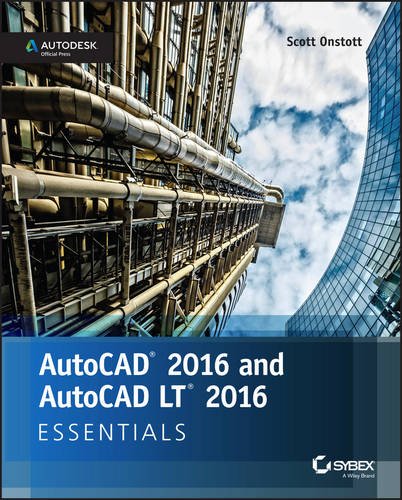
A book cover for AutoCAD 2016 and AutoCAD LT 2016 Essentials: Autodesk Official Press; Scott Onstott; Engineering & Transportation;